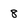
Character: 8